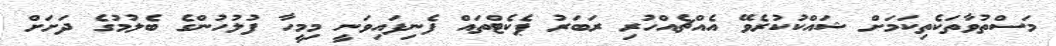
މަސްތުވާތަކެތިކަމަށް ޝައްކުކުރެވޭ އެއްޗެއްހުރި ރަބަރު ޕެކެޓްތައް ފެނިފައިވަނީ މިމީހާ ފުލުހުންގެ ބެލުމުގެ ދަށަށް